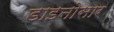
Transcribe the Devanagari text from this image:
डाइनोसार